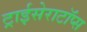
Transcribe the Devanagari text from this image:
ट्राईसेराटॉप्स